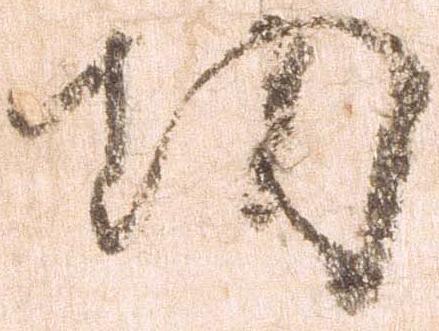
功